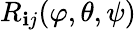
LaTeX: R_{\mathbf{i}j}(\varphi,\theta,\psi)